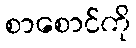
စာစောင်ကို